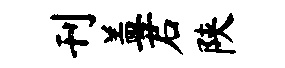
刊盖君陕